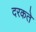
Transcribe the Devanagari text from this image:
दरकते